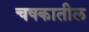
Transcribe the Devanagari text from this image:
चषकातील